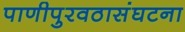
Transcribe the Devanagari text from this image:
पाणीपुरवठासंघटना